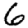
Digit: 6